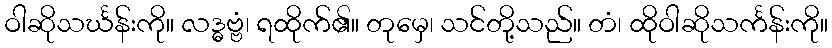
ဝါဆိုသင်္ဃန်းကို။ လဒ္ဓဗ္ဗံ၊ ရထိုက်၏။ တုမှေ၊ သင်တို့သည်။ တံ၊ ထိုဝါဆိုသင်္ကန်းကို။